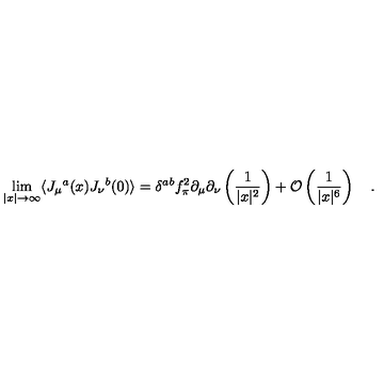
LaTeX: \lim _ { | x | \to \infty } \langle J _ { \mu } { } ^ { a } ( x ) J _ { \nu } { } ^ { b } ( 0 ) \rangle = \delta ^ { a b } f _ { \pi } ^ { 2 } \partial _ { \mu } \partial _ { \nu } \left( \frac { 1 } { | x | ^ { 2 } } \right) + { \cal O } \left( \frac { 1 } { | x | ^ { 6 } } \right) \quad .